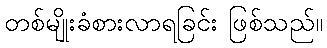
တစ်မျိုးခံစားလာရခြင်း ဖြစ်သည်။